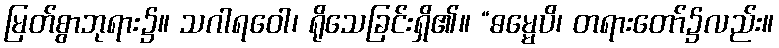
မြတ်စွာဘုရား၌။ သဂါရဝေါ၊ ရိုသေခြင်းရှိ၏။ “ဓမ္မေပိ၊ တရားတော်၌လည်း။